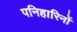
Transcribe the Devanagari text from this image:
पनिहारिनों